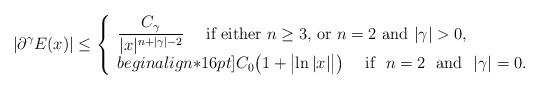
LaTeX: \begin{align*}|\partial^\gamma E(x)|\leq\left\{\begin{array}{l}\displaystyle\frac{C_\gamma}{|x|^{n+|\gamma|-2}}\quad\mbox{ if either $n\geq 3$, or $n=2$ and $|\gamma|>0$},\\begin{align*}16pt]C_0\bigl(1+\bigl|\ln|x|\bigr|\bigr)\quad\mbox{ if }\,\,n=2\,\,\mbox{ and }\,\,|\gamma|=0.\end{array}\right.\end{align*}